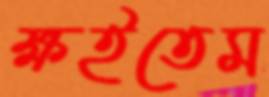
ক্ষইতেম